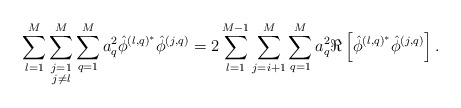
\begin{align*}\sum_{l=1}^M\sum\limits_{\substack{j=1\\j\neq l}}^M\sum_{q=1}^Ma_q^2\hat{\phi}^{\left(l,q\right)^*}\hat{\phi}^{\left(j,q\right)}=2\sum_{l=1}^{M-1}\sum_{j=i+1}^{M}\sum_{q=1}^M a_q^2\Re\left[\hat{\phi}^{\left(l,q\right)^*}\hat{\phi}^{\left(j,q\right)}\right].\end{align*}